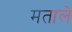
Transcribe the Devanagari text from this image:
मताले